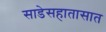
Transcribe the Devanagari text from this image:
साडेसहातासात